Lunatic asylums Central Provinces reports 1910-1926 - 1910-1926
Year: 1910
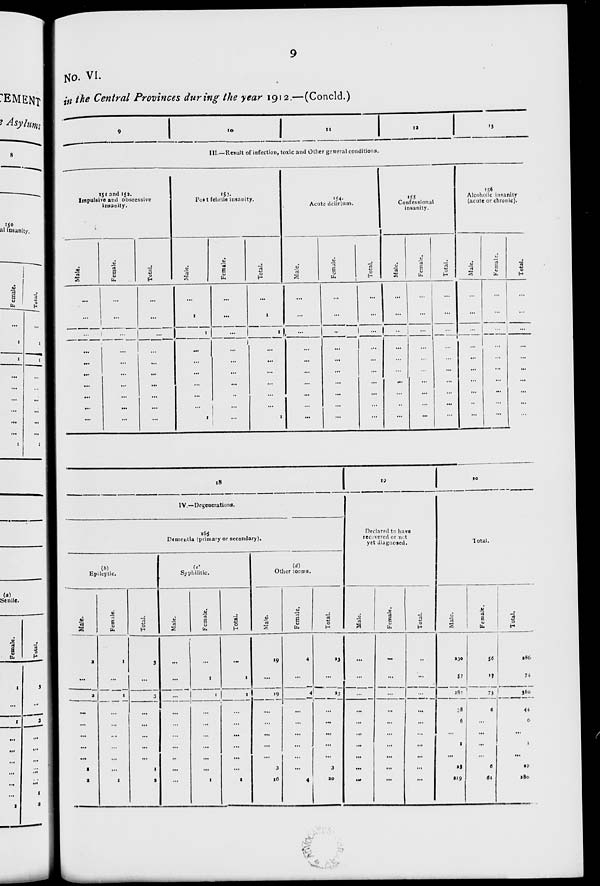
9
No. VI.
in the Central Provinces during the year 1912.—(Concld.)
9
10
11
12
13
III.—Result of infection, toxic and Other general conditions.
151 and 152.
Impulsive and obscessive
insanity.
Male.
...
...
...
...
...
...
...
...
...
...
Female.
...
...
...
...
...
...
...
...
...
...
Total.
...
...
...
...
...
...
...
...
...
...
153.
Post febrile insanity.
Male.
...
1
1
...
...
...
...
...
...
1
Female.
...
...
...
...
...
...
...
...
...
...
Total.
...
1
1
...
...
...
...
...
...
1
154.
Acute delirium.
Male.
...
...
...
...
...
...
...
...
...
...
Female.
...
...
...
...
...
...
...
...
...
...
Total.
...
...
...
...
...
...
...
...
...
...
155
Confessional
insanity.
Male.
...
...
...
...
...
...
...
...
...
...
Female.
...
...
...
...
...
...
...
...
...
...
Total.
...
...
...
...
...
...
...
...
...
...
156
Alcoholic insanity
(acute or chronic).
Male.
...
...
...
...
...
...
...
...
...
...
Female.
...
...
...
...
...
...
...
...
...
...
Total.
...
...
...
...
...
...
...
...
...
...
18
IV.—Degenerations.
165
Dementia (primary or secondary).
(b)
Epileptic.
Male.
2
...
2
...
...
...
...
...
1
1
Female.
1
...
1
...
...
...
...
...
...
1
Total.
3
...
3
...
...
...
...
...
1
2
(c)
Syphilitic.
Male.
...
...
...
...
...
...
...
...
...
...
Female.
...
1
1
...
...
...
...
...
...
1
Total.
...
1
1
...
...
...
...
...
...
1
(d)
Other forms.
Male.
19
...
19
...
...
...
...
...
3
16
Female.
4
...
4
...
...
...
...
...
...
4
Total.
23
...
23
...
...
...
...
...
3
20
19
Declared to have
recovered or not
yet diagnosed.
Male.
...
...
...
...
...
...
...
...
...
...
Female.
...
...
...
...
...
...
...
...
...
...
Total.
...
...
...
...
...
...
...
...
...
...
20
Total.
Male.
230
57
287
38
6
...
1
...
23
219
Female.
56
17
73
6
...
...
...
...
6
61
Total.
286
74
360
44
6
...
1
...
29
280